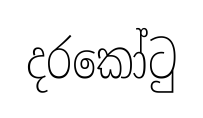
දරකෝටු